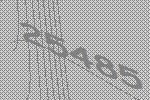
25485